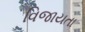
વિજાયતા